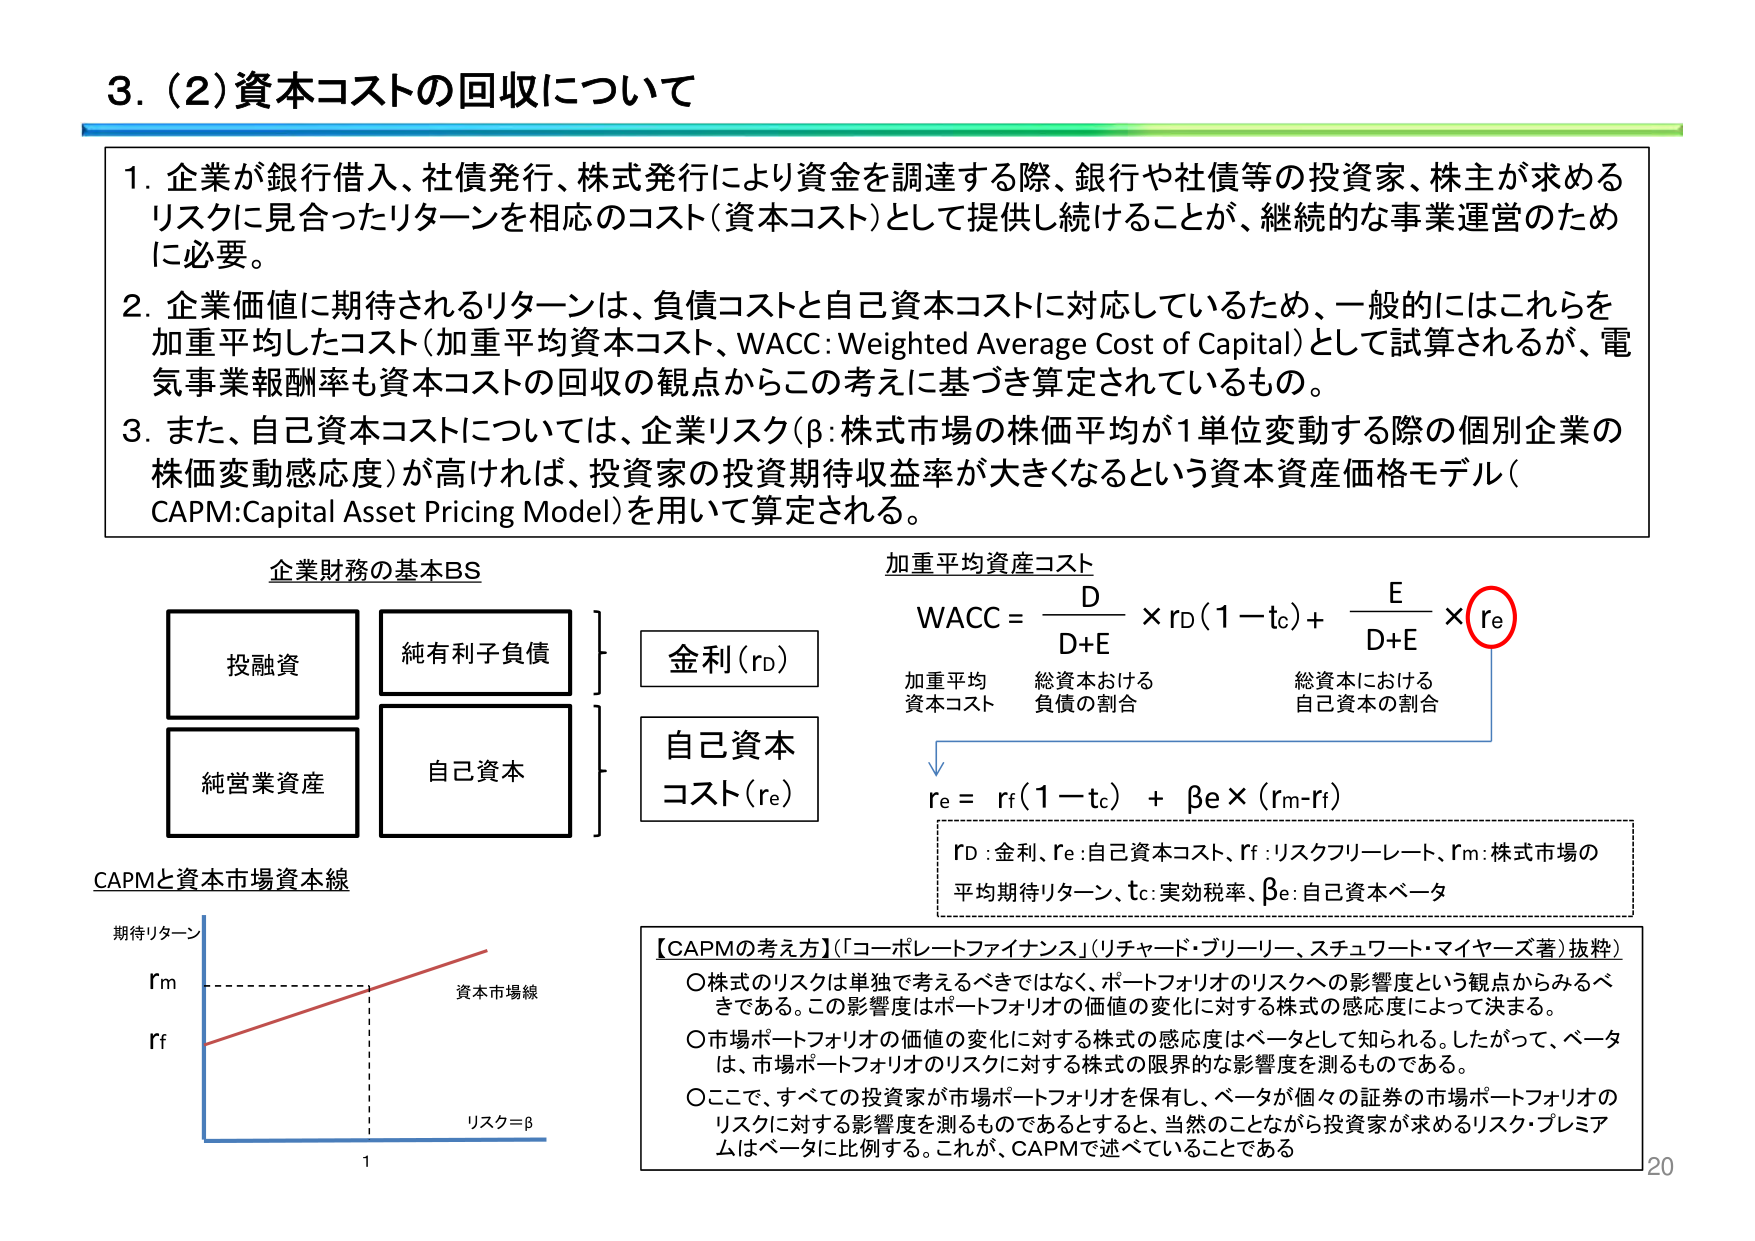
3. (2) 資本コストの回収について

1. 企業が銀行借入、社債発行、株式発行により資金を調達する際、銀行や社債等の投資家、株主が求めるリスクに見合ったリターンを相応のコスト（資本コスト）として提供し続けることが、継続的な事業運営のために必要。

2. 企業価値に期待されるリターンは、負債コストと自己資本コストに対応しているため、一般的にはこれらを加重平均したコスト（加重平均資本コスト、WACC: Weighted Average Cost of Capital）として試算されるが、電気事業報酬率も資本コストの回収の観点からこの考えに基づき算定されているもの。

3. また、自己資本コストについては、企業リスク（β：株式市場の株価平均が1単位変動する際の個別企業の株価変動感応度）が高ければ、投資家の投資期待収益率が大きくなるという資本資産価格モデル（CAPM: Capital Asset Pricing Model）を用いて算定される。

企業財務の基本BS
投融資
純有利子負債
純営業資産
自己資本

金利（rd）
自己資本コスト（re）

加重平均資本コスト
WACC = D/(D+E) × rd(1−tc) + E/(D+E) × re

加重平均資本コスト
総資本における負債の割合
総資本における自己資本の割合

re = rf(1−tc) + βe × (rm−rf)

rd：金利、re：自己資本コスト、rf：リスクフリーレート、rm：株式市場の平均期待リターン、tc：実効税率、βe：自己資本ベータ

CAPMと資本市場資本線
期待リターン
rm
rf
資本市場線
リスク＝β
1

【CAPMの考え方】（「コーポレートファイナンス」（リチャード・ブリーリー、スチュワート・マイヤーズ著）抜粋）
○株式のリスクは単独で考えるべきではなく、ポートフォリオのリスクへの影響度という観点からみるべきである。この影響度はポートフォリオの価値の変化に対する株式の感応度によって決まる。
○市場ポートフォリオの価値の変化に対する株式の感応度はベータとして知られる。したがって、ベータは、市場ポートフォリオのリスクに対する株式の限界的な影響度を測るものである。
○ここで、すべての投資家が市場ポートフォリオを保有し、ベータが個々の証券の市場ポートフォリオのリスクに対する影響度を測るものであるとすると、当然のことながら投資家が求めるリスク・プレミアムはベータに比例する。これが、CAPMで述べていることである

20